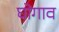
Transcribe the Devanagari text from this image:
घोगाव